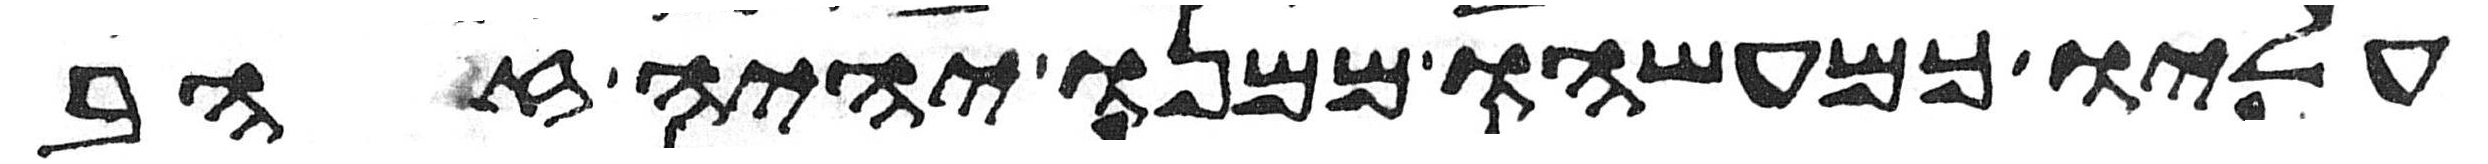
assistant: עליו כמעשהו ממנו יהיה זהב